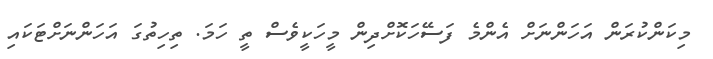
މިކަންކުރަން އަހަންނަށް އެންމެ ފަސޭހަކޮށްދިން މީހަކީވެސް ތީ ހަމަ. ތިހިތުގަ އަހަންނަށްޓަކައި